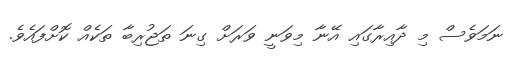
ނަމަވެސް މި ދާއިރާގައި އޭނާ މިވަނީ ވަރަށް ގިނަ ތަޖުރިބާ ތަކެއް ކޮށްފައެވެ.